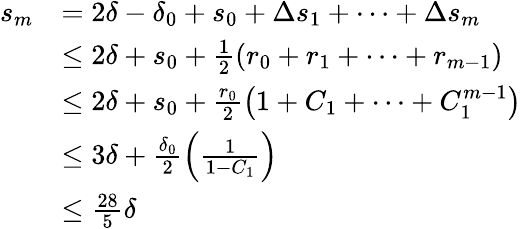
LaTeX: \begin{array}{rl}{s_{m}}&{=2\delta-\delta_{0}+s_{0}+\Delta s_{1}+\cdots+\Delta s_{m}}\\ &{\leq 2\delta+s_{0}+\frac{1}{2}\left(r_{0}+r_{1}+\cdots+r_{m-1}\right)}\\ &{\leq 2\delta+s_{0}+\frac{r_{0}}{2}\left(1+C_{1}+\cdots+C_{1}^{m-1}\right)}\\ &{\leq 3\delta+\frac{\delta_{0}}{2}\left(\frac{1}{1-C_{1}}\right)}\\ &{\leq\frac{28}{5}\delta}\end{array}